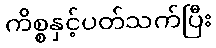
ကိစ္စနှင့်ပတ်သက်ပြီး